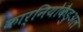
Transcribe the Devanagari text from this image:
कार्नियोकैडुअल